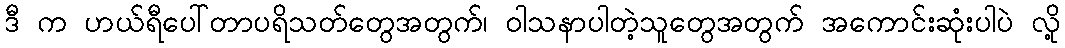
ဒီ က ဟယ်ရီပေါ်တာပရိသတ်တွေအတွက်၊ ဝါသနာပါတဲ့သူတွေအတွက် အကောင်းဆုံးပါပဲ လို့